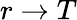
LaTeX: r\to T